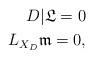
LaTeX: \begin{align*}D|\mathfrak{L}=0\\L_{X_D}\mathfrak{m}=0,\end{align*}